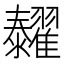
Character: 𦒰